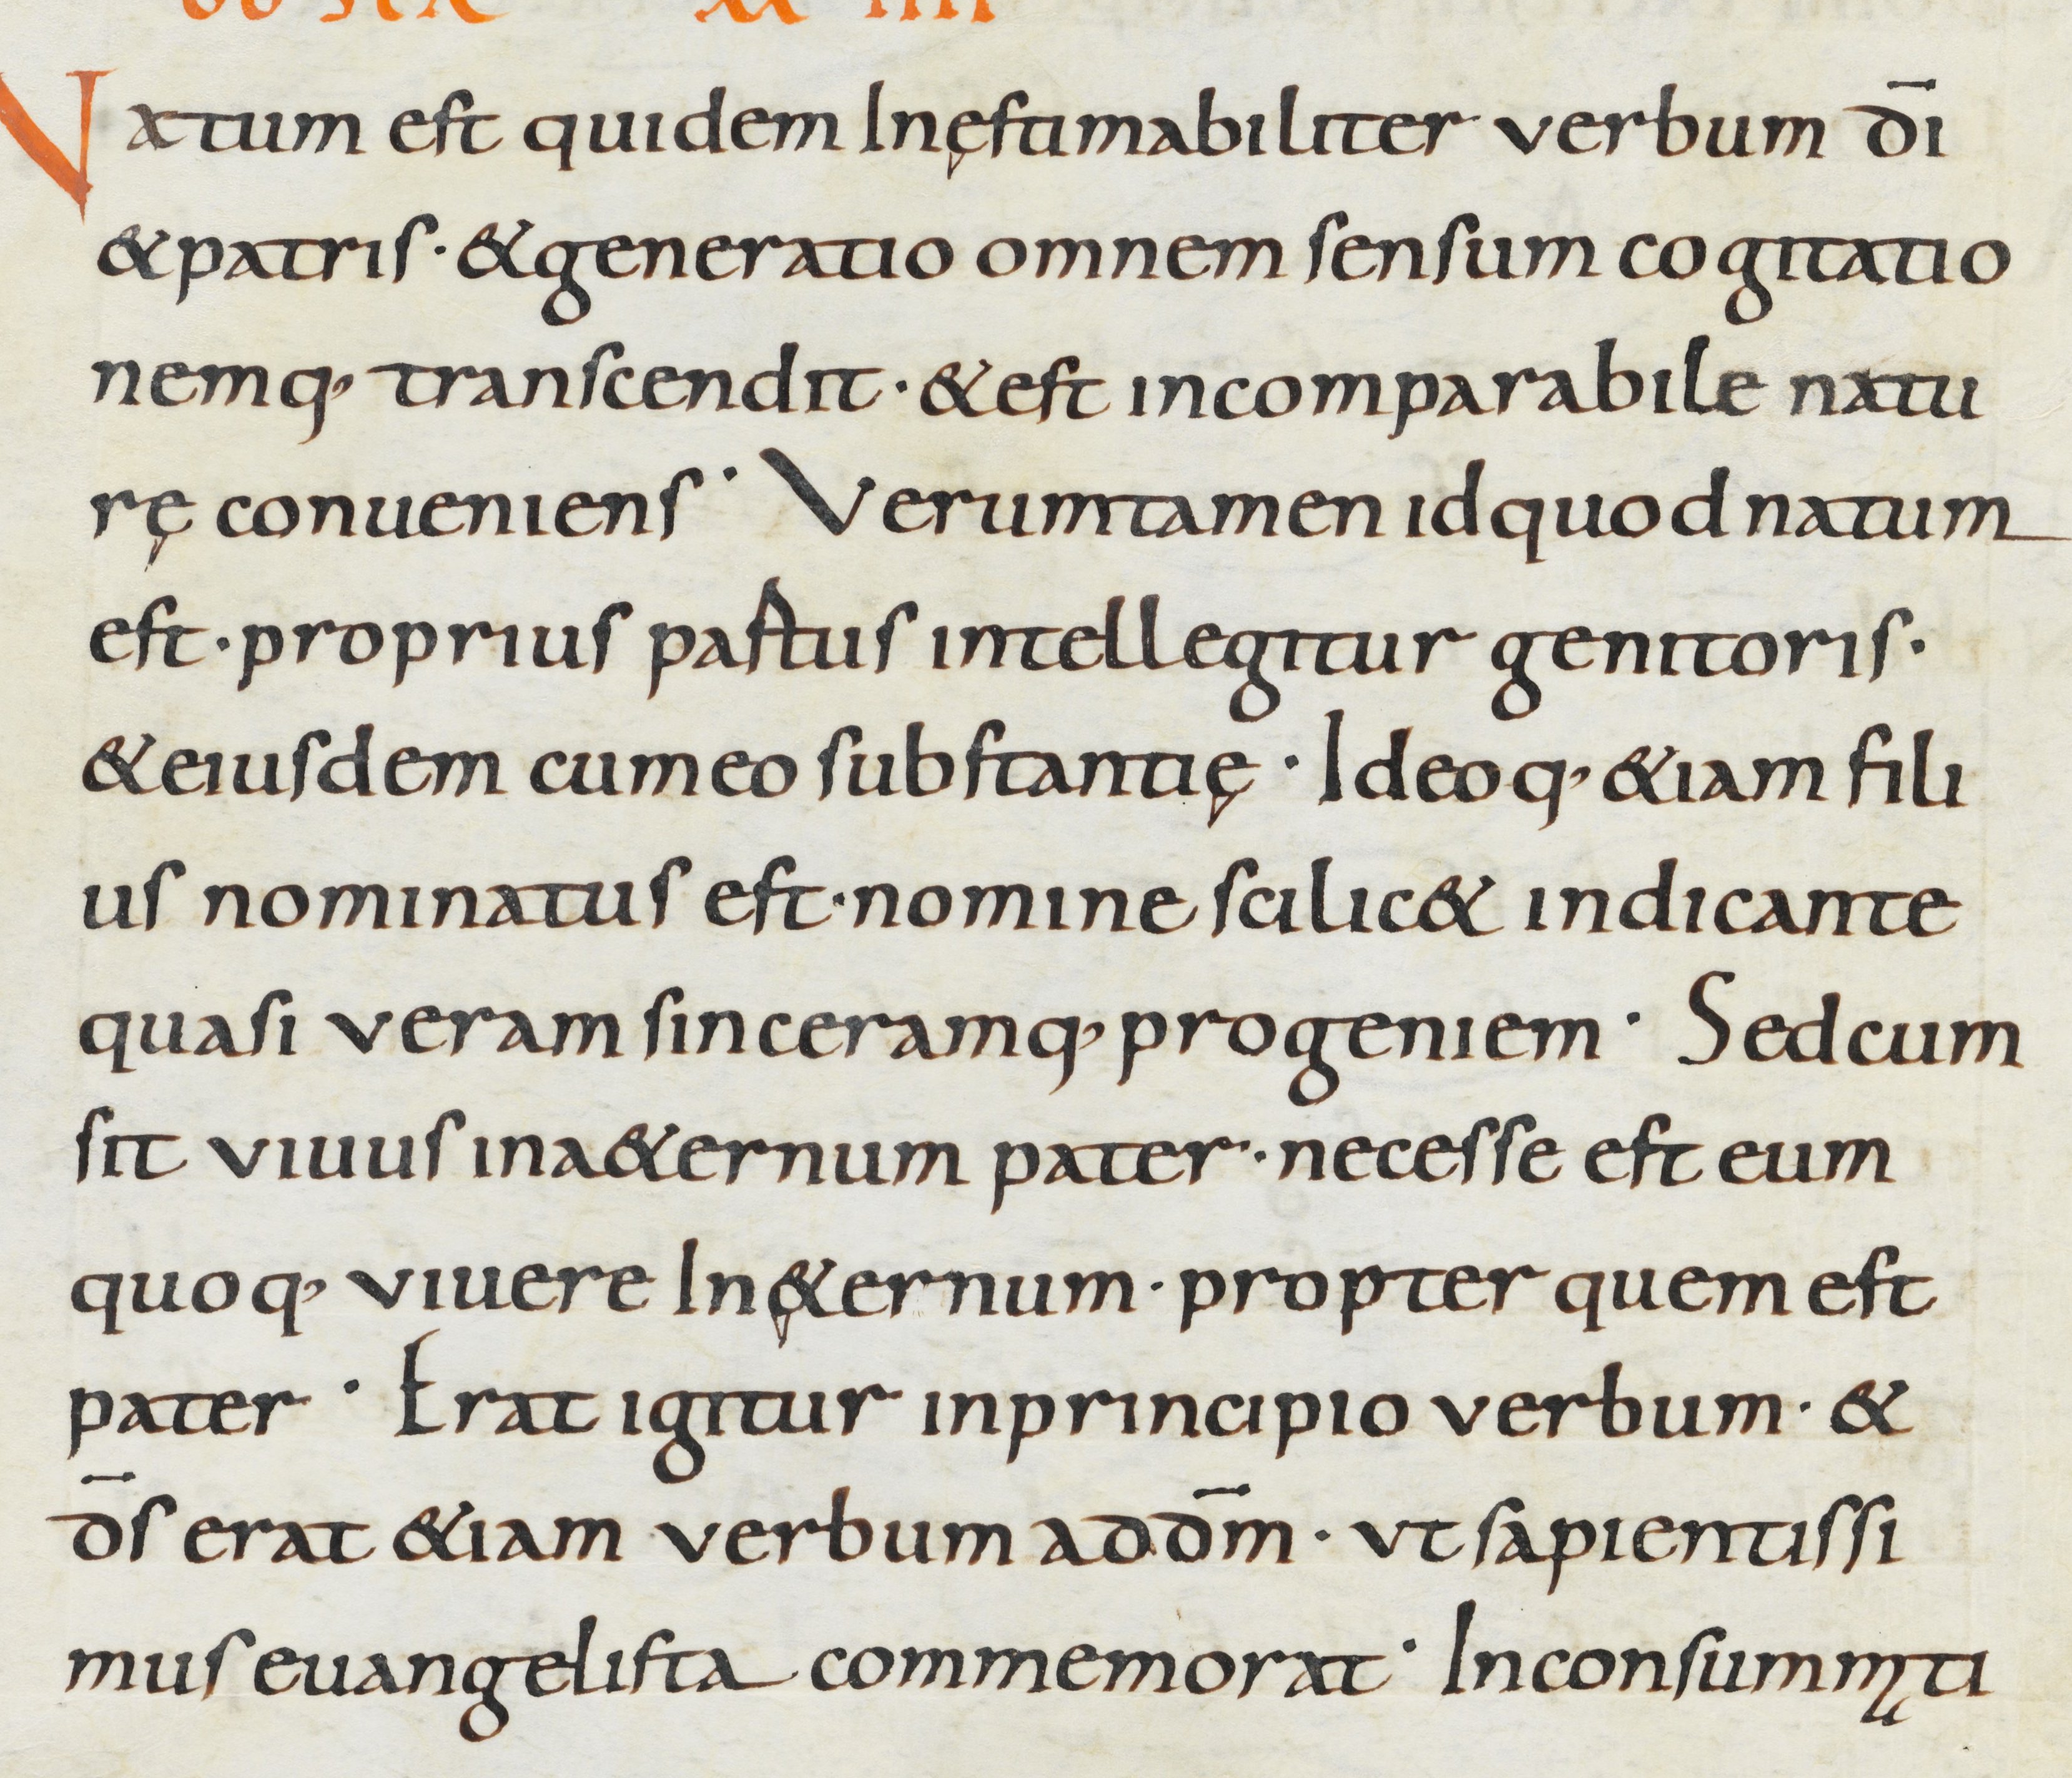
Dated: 800–899